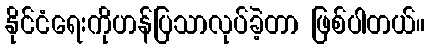
နိုင်ငံရေးကိုဟန်ပြသာလုပ်ခဲ့တာ ဖြစ်ပါတယ်။